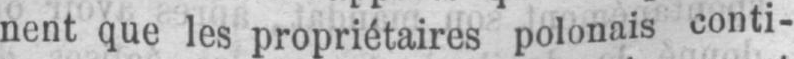
nent que les propriétaires polonais conti-